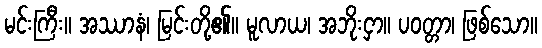
မင်းကြီး။ အဿာနံ၊ မြင်းတို့၏။ မူလာယ၊ အဘိုးငှာ။ ပဝတ္တာ၊ ဖြစ်သော။